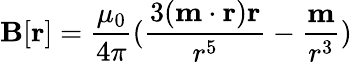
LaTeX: \mathbf{B}[\mathbf{r}]={\frac{\mu_{0}}{4\pi}}({\frac{3(\mathbf{m}\cdot\mathbf{r})\mathbf{r}}{r^{5}}}-{\frac{\mathbf{m}}{r^{3}}})